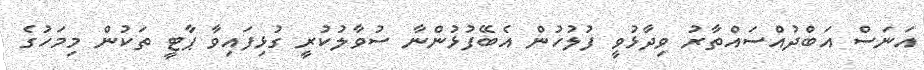
އަނަސް އަބްދުއްސައްތާރު ވިދާޅުވީ ފުލުހުން އެބޭފުޅުންނާ ސުވާލުކުރީ ގުޅިފައިވާ ޕާޓީ ތަކުން މިމަހުގެ